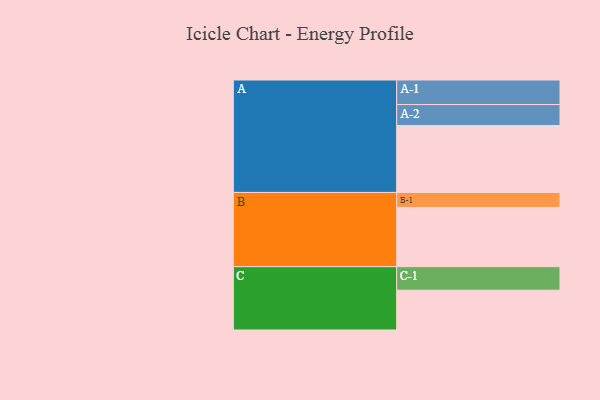
{"axis": {"x": "Segment", "y": "Value"}, "legend": ["", "A", "B", "C"], "data": [{"x": "A", "y": 583, "type": ""}, {"x": "B", "y": 516, "type": ""}, {"x": "C", "y": 347, "type": ""}, {"x": "A-1", "y": 214, "type": "A"}, {"x": "A-2", "y": 183, "type": "A"}, {"x": "B-1", "y": 131, "type": "B"}, {"x": "C-1", "y": 205, "type": "C"}]}